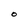
Character: O